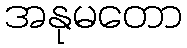
အနုမတော